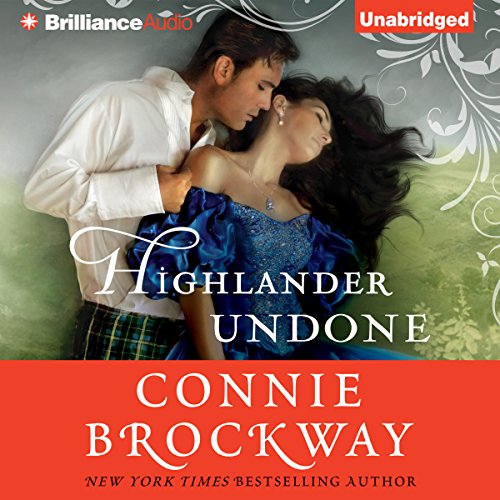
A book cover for Highlander Undone; Connie Brockway; Romance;